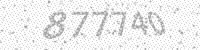
Solution: 877740